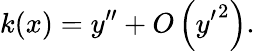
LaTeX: k(x)=y^{\prime\prime}+O\left({y^{\prime}}^{2}\right).